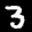
Label: 3